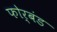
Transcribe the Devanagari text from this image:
फोर्बंड